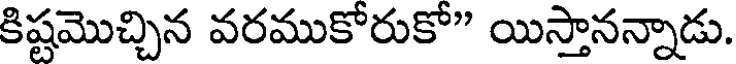
కిష్టమొచ్చిన వరముకోరుకో" యిస్తానన్నాడు.